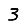
Digit: 3